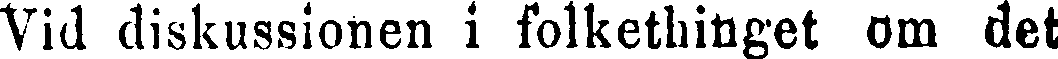
Vid diskussionen i folkethinget om det